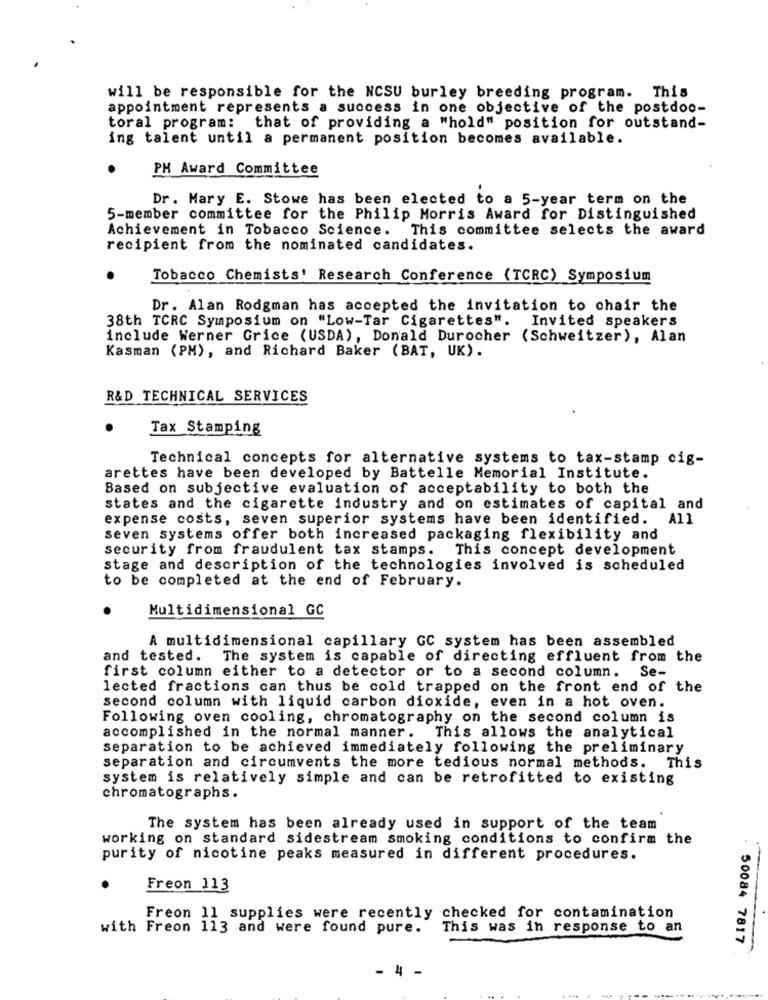
will be responsible for the NCSU burley breeding program. This
appointment represents a success in one objective of the postdoo-
toral program: that of providing a "hold" position for outstand-
ing talent until a permanent position becomes available.
PM Award Committee
Dr. Mary E. Stowe has been elected to a 5-year term on the
5-member committee for the Philip Morris Award for Distinguished
Achievement in Tobacco Science. This committee selects the award
recipient from the nominated candidates.
Tobacco Chemists' Research Conference (TCRC) Symposium
Dr. Alan Rodgman has accepted the invitation to chair the
38th TCRC Symposium on "Low-Tar Cigarettes". Invited speakers
include Werner Grice (USDA), Donald Durocher (Schweitzer), Alan
Kasman (PM), and Richard Baker (BAT, UK).
R&D TECHNICAL SERVICES
Tax Stamping
Technical concepts for alternative systems to tax-stamp cig-
arettes have been developed by Battelle Memorial Institute.
Based on subjective evaluation of acceptability to both the
states and the cigarette industry and on estimates of capital and
expense costs, seven superior systems have been identified. All
seven systems offer both increased packaging flexibility and
security from fraudulent tax stamps. This concept development
stage and description of the technologies involved is scheduled
to be completed at the end of February.
Multidimensional GC
A multidimensional capillary GC system has been assembled
and tested. The system is capable of directing effluent from the
first column either to a detector or to a second column. Se-
lected fractions can thus be cold trapped on the front end of the
second column with liquid carbon dioxide, even in a hot oven.
Following oven cooling, chromatography on the second column is
accomplished in the normal manner. This allows the analytical
separation to be achieved immediately following the preliminary
separation and circumvents the more tedious normal methods. This
system is relatively simple and can be retrofitted to existing
chromatographs.
The system has been already used in support of the team
working on standard sidestream smoking conditions to confirm the
purity of nicotine peaks measured in different procedures.
Freon 113
Freon 11 supplies were recently checked for contamination
with Freon 113 and were found pure.
This was in response to an
50084 7817
- 4 -